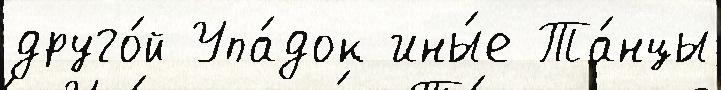
друго́й Упа́док ины́е Та́нцы